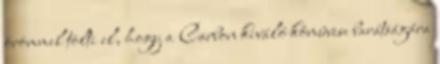
örömmel tölti el, hogy a Carbon kiváló kômûvese barátságára